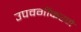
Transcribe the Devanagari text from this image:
उपवर्गीकरणे